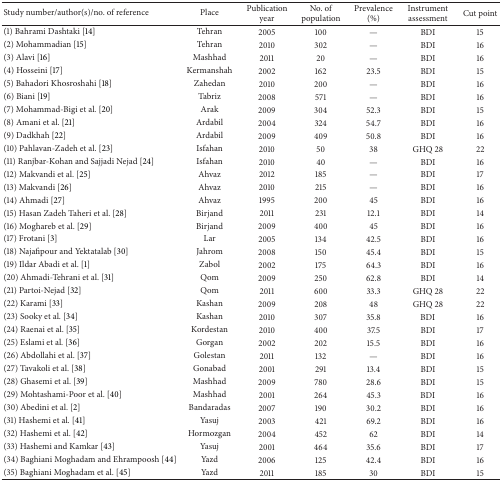
<table><thead><tr><td><b>Study number/author(s)/no. of reference</b></td><td><b>Place</b></td><td><b>Publication year</b></td><td><b>No. of population</b></td><td><b>Prevalence (%)</b></td><td><b>Instrument assessment</b></td><td><b>Cut point</b></td></tr></thead><tbody><tr><td>(1) Bahrami Dashtaki [14]</td><td>Tehran</td><td>2005</td><td>100</td><td>—</td><td>BDI</td><td>15</td></tr><tr><td>(2) Mohammadian [15]</td><td>Tehran</td><td>2010</td><td>302</td><td>—</td><td>BDI</td><td>16</td></tr><tr><td>(3) Alavi [16]</td><td>Mashhad</td><td>2011</td><td>20</td><td>—</td><td>BDI</td><td>16</td></tr><tr><td>(4) Hosseini [17]</td><td>Kermanshah</td><td>2002</td><td>162</td><td>23.5</td><td>BDI</td><td>15</td></tr><tr><td>(5) Bahadori Khosroshahi [18]</td><td>Zahedan</td><td>2010</td><td>200</td><td>—</td><td>BDI</td><td>16</td></tr><tr><td>(6) Biani [19]</td><td>Tabriz</td><td>2008</td><td>571</td><td>—</td><td>BDI</td><td>16</td></tr><tr><td>(7) Mohammad-Bigi et al. [20]</td><td>Arak</td><td>2009</td><td>304</td><td>52.3</td><td>BDI</td><td>15</td></tr><tr><td>(8) Amani et al. [21]</td><td>Ardabil</td><td>2004</td><td>324</td><td>54.7</td><td>BDI</td><td>16</td></tr><tr><td>(9) Dadkhah [22]</td><td>Ardabil</td><td>2009</td><td>409</td><td>50.8</td><td>BDI</td><td>16</td></tr><tr><td>(10) Pahlavan-Zadeh et al. [23]</td><td>Isfahan</td><td>2010</td><td>50</td><td>38</td><td>GHQ 28</td><td>22</td></tr><tr><td>(11) Ranjbar-Kohan and Sajjadi Nejad [24]</td><td>Isfahan</td><td>2010</td><td>40</td><td>—</td><td>BDI</td><td>16</td></tr><tr><td>(12) Makvandi et al. [25]</td><td>Ahvaz</td><td>2012</td><td>185</td><td>—</td><td>BDI</td><td>17</td></tr><tr><td>(13) Makvandi [26]</td><td>Ahvaz</td><td>2010</td><td>215</td><td>—</td><td>BDI</td><td>16</td></tr><tr><td>(14) Ahmadi [27]</td><td>Ahvaz</td><td>1995</td><td>200</td><td>45</td><td>BDI</td><td>16</td></tr><tr><td>(15) Hasan Zadeh Taheri et al. [28]</td><td>Birjand</td><td>2011</td><td>231</td><td>12.1</td><td>BDI</td><td>14</td></tr><tr><td>(16) Moghareb et al. [29]</td><td>Birjand</td><td>2009</td><td>400</td><td>45</td><td>BDI</td><td>16</td></tr><tr><td>(17) Frotani [3]</td><td>Lar</td><td>2005</td><td>134</td><td>42.5</td><td>BDI</td><td>16</td></tr><tr><td>(18) Najafipour and Yektatalab [30]</td><td>Jahrom</td><td>2008</td><td>150</td><td>45.4</td><td>BDI</td><td>15</td></tr><tr><td>(19) Ildar Abadi et al. [1]</td><td>Zabol</td><td>2002</td><td>175</td><td>64.3</td><td>BDI</td><td>16</td></tr><tr><td>(20) Ahmadi-Tehrani et al. [31]</td><td>Qom</td><td>2009</td><td>250</td><td>62.8</td><td>BDI</td><td>14</td></tr><tr><td>(21) Partoi-Nejad [32]</td><td>Qom</td><td>2011</td><td>600</td><td>33.3</td><td>GHQ 28</td><td>22</td></tr><tr><td>(22) Karami [33]</td><td>Kashan</td><td>2009</td><td>208</td><td>48</td><td>GHQ 28</td><td>22</td></tr><tr><td>(23) Sooky et al. [34]</td><td>Kashan</td><td>2010</td><td>307</td><td>35.8</td><td>BDI</td><td>16</td></tr><tr><td>(24) Raenai et al. [35]</td><td>Kordestan</td><td>2010</td><td>400</td><td>37.5</td><td>BDI</td><td>17</td></tr><tr><td>(25) Eslami et al. [36]</td><td>Gorgan</td><td>2002</td><td>202</td><td>15.5</td><td>BDI</td><td>16</td></tr><tr><td>(26) Abdollahi et al. [37]</td><td>Golestan</td><td>2011</td><td>132</td><td>—</td><td>BDI</td><td>16</td></tr><tr><td>(27) Tavakoli et al. [38]</td><td>Gonabad</td><td>2001</td><td>291</td><td>13.4</td><td>BDI</td><td>15</td></tr><tr><td>(28) Ghasemi et al. [39]</td><td>Mashhad</td><td>2009</td><td>780</td><td>28.6</td><td>BDI</td><td>15</td></tr><tr><td>(29) Mohtashami-Poor et al. [40]</td><td>Mashhad</td><td>2001</td><td>264</td><td>45.3</td><td>BDI</td><td>16</td></tr><tr><td>(30) Abedini et al. [2]</td><td>Bandaradas</td><td>2007</td><td>190</td><td>30.2</td><td>BDI</td><td>16</td></tr><tr><td>(31) Hashemi et al. [41]</td><td>Yasuj</td><td>2003</td><td>421</td><td>69.2</td><td>BDI</td><td>16</td></tr><tr><td>(32) Hashemi et al. [42]</td><td>Hormozgan</td><td>2004</td><td>452</td><td>62</td><td>BDI</td><td>14</td></tr><tr><td>(33) Hashemi and Kamkar [43]</td><td>Yasuj</td><td>2001</td><td>464</td><td>35.6</td><td>BDI</td><td>17</td></tr><tr><td>(34) Baghiani Moghadam and Ehrampoosh [44]</td><td>Yazd</td><td>2006</td><td>125</td><td>42.4</td><td>BDI</td><td>16</td></tr><tr><td>(35) Baghiani Moghadam et al. [45]</td><td>Yazd</td><td>2011</td><td>185</td><td>30</td><td>BDI</td><td>15</td></tr></tbody></table>